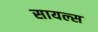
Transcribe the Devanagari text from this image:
सायल्स